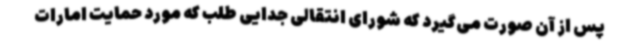
پس از آن صورت می‌گیرد که شورای انتقالی جدایی طلب که مورد حمایت امارات